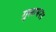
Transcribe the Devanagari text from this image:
गुलाम२४